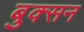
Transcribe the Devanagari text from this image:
बुक्सन